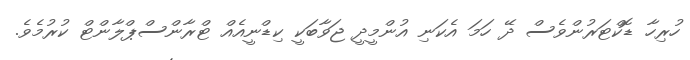
ހުރިހާ ޑޮކްޓަރުންވެސް ދޭ ހަމަ އެކަނި އުންމީދީ ޖަވާބަކީ ކިޑްނީއެއް ޓްރާންސްޕްލާންޓް ކުރުމެވެ.